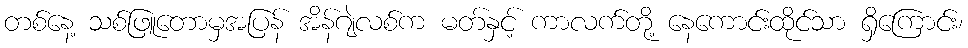
တစ်နေ့ သစ်ဖြူတောမှအပြန် အိန်ဂျဲလစ်က မတ်နှင့် ကာလက်တို့ နေကောင်းထိုင်သာ ရှိကြောင်း၊